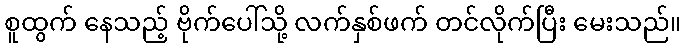
စူထွက် နေသည့် ဗိုက်ပေါ်သို့ လက်နှစ်ဖက် တင်လိုက်ပြီး မေးသည်။